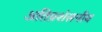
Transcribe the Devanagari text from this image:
अतिप्रशंसनीय